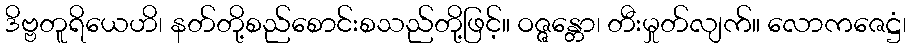
ဒိဗ္ဗတူရိယေဟိ၊ နတ်တို့စည်စောင်းစသည်တို့ဖြင့်။ ဝဇ္ဇန္တော၊ တီးမှုတ်လျက်။ လောကဇေဋ္ဌံ၊